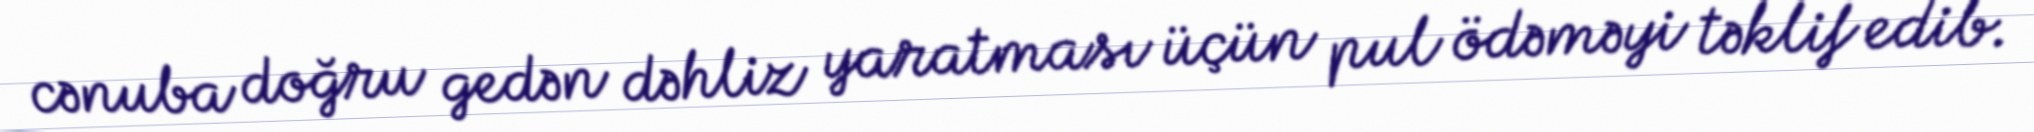
cənuba doğru gedən dəhliz yaratması üçün pul ödəməyi təklif edib.